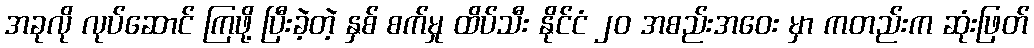
အခုလို လုပ်ဆောင် ကြဖို့ ပြီးခဲ့တဲ့ နှစ် စက်မှု ထိပ်သီး နိုင်ငံ ၂၀ အစည်းအဝေး မှာ ကတည်းက ဆုံးဖြတ်